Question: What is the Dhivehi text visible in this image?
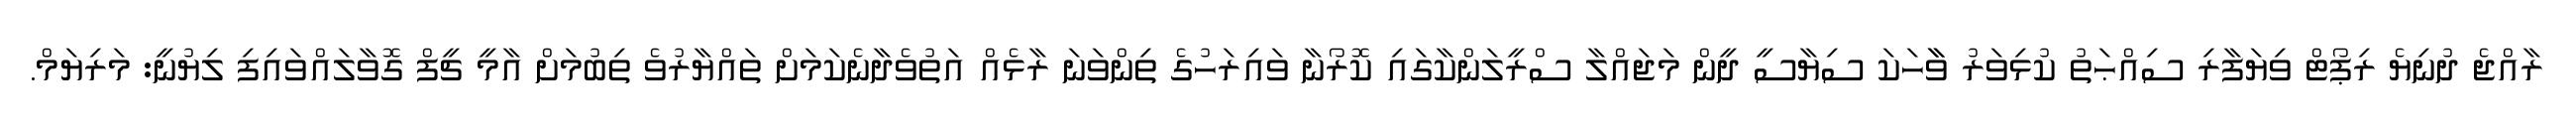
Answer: ރާއްޖެ ދުނިޔެ ރިޕޯޓް ވިޔަފާރި ސިއްޙަތު ކުޅިވަރު ވާާހަކަ ސިޔާސީ ދީން މަޖައްލާ ސްރީލަންކާގައި ކޮރޯނާ ވައިރަހުގެ ތިންވަނަ ރާޅެއް އަތުވެދާނެކަމަށް ތައްޔާރުވެ ތިބުމަށް އާމީ ޗީފް ގޮވާލައްވައިފި ލިޔުނީ: މަރިޔަމް.